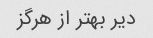
دیر بهتر از هرگز